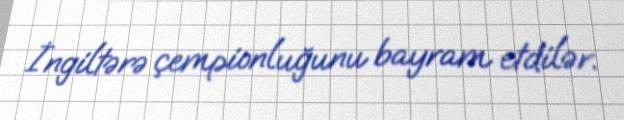
İngiltərə çempionluğunu bayram etdilər.